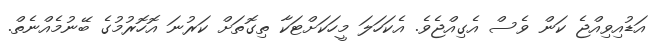
އަޑުއިވިއްޖެ ކަން ވެސް އެގިއްޖެވެ. އެކަހަލަ މީހަކަށްޓަކާ ތިގޮތަށް ކަރުނަ އޮހޮރުމުގެ ބޭނުމެއްނެތް.